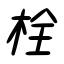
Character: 栓